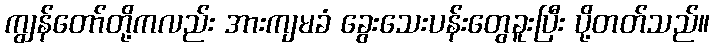
ကျွန်တော်တို့ကလည်း အားကျမခံ ခွေးသေးပန်းတွေခူးပြီး ပို့တတ်သည်။